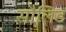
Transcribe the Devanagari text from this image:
सौलिड